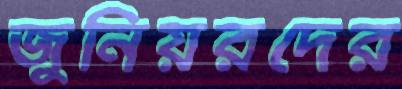
জুনিয়রদের